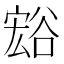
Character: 𲂙